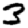
Digit: 3